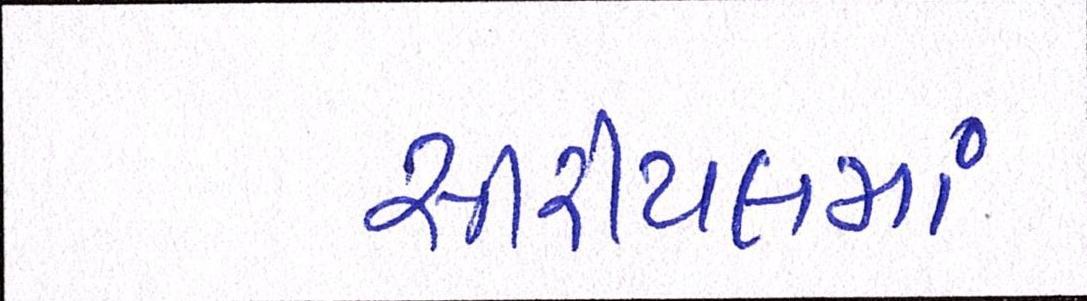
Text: સીરીયલમાં